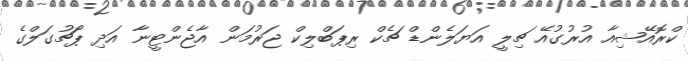
ކްރޮއޭޝިއާ އުރުގުއޭ ޗިލީ އަޔަލެންޑް ޗެކް ރިޕަބްލިކް ޖަރުމަން އާޖެންޓީނާ އަދި ޕޯޗުގަލްގެ